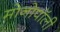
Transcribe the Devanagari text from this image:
मोनोपॉली